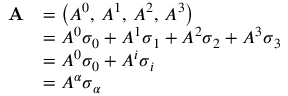
{ \begin{array} { r l } { \mathbf { A } } & { = \left( A ^ { 0 } , \, A ^ { 1 } , \, A ^ { 2 } , \, A ^ { 3 } \right) } \\ & { = A ^ { 0 } { \boldsymbol { \sigma } } _ { 0 } + A ^ { 1 } { \boldsymbol { \sigma } } _ { 1 } + A ^ { 2 } { \boldsymbol { \sigma } } _ { 2 } + A ^ { 3 } { \boldsymbol { \sigma } } _ { 3 } } \\ & { = A ^ { 0 } { \boldsymbol { \sigma } } _ { 0 } + A ^ { i } { \boldsymbol { \sigma } } _ { i } } \\ & { = A ^ { \alpha } { \boldsymbol { \sigma } } _ { \alpha } } \end{array} }